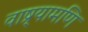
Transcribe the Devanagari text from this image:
वाष्र्यामणि